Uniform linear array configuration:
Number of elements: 16
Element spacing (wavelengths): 0.25
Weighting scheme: uniform
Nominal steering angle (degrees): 45
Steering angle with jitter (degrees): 43.204
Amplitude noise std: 0.05
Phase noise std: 0.05

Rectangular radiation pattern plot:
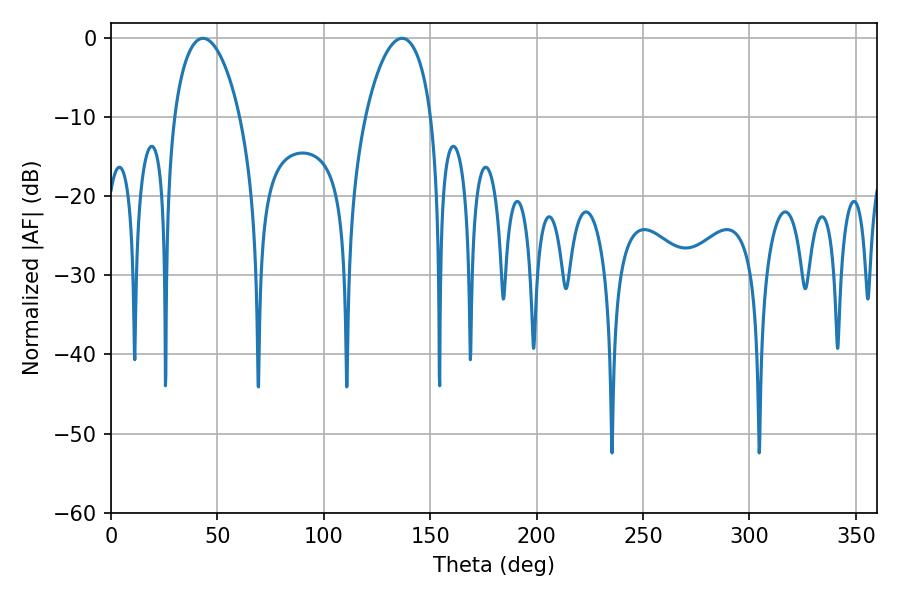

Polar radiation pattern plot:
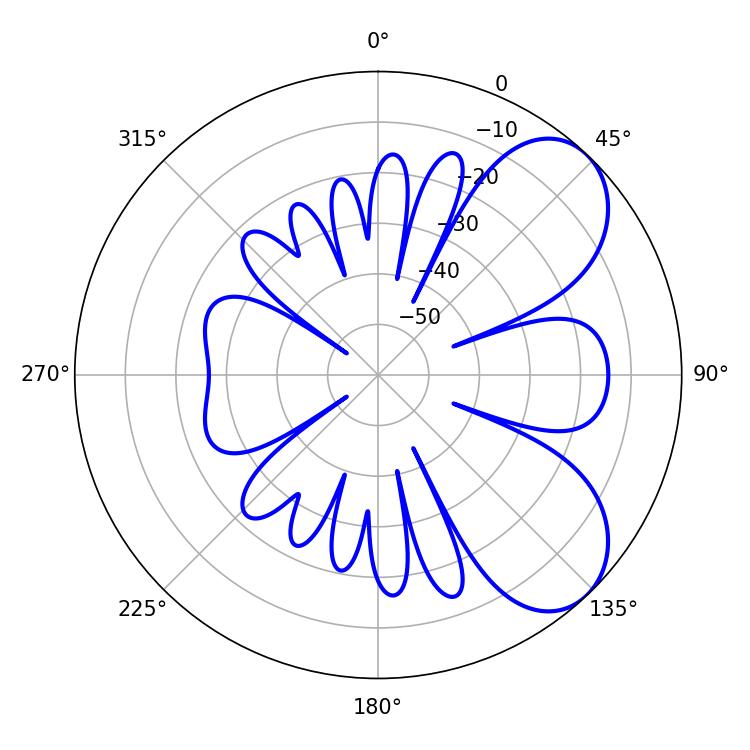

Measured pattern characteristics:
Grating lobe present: FALSE
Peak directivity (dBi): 6.403
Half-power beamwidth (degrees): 17.64
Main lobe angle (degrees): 43.2